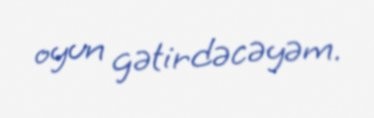
oyun gətirdəcəyəm.